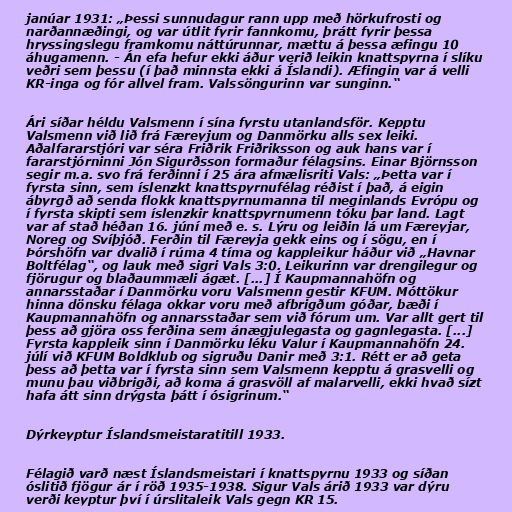
janúar 1931: „Þessi sunnudagur rann upp með hörkufrosti og
narðannæðingi, og var útlit fyrir fannkomu, þrátt fyrir þessa
hryssingslegu framkomu náttúrunnar, mættu á þessa æfingu 10
áhugamenn. - Án efa hefur ekki áður verið leikin knattspyrna í slíku
veðri sem þessu (í það minnsta ekki á Íslandi). Æfingin var á velli
KR-inga og fór allvel fram. Valssöngurinn var sunginn.“

Ári síðar héldu Valsmenn í sína fyrstu utanlandsför. Kepptu
Valsmenn við lið frá Færeyjum og Danmörku alls sex leiki.
Aðalfararstjóri var séra Friðrik Friðriksson og auk hans var í
fararstjórninni Jón Sigurðsson formaður félagsins. Einar Björnsson
segir m.a. svo frá ferðinni í 25 ára afmælisriti Vals: „Þetta var í
fyrsta sinn, sem íslenzkt knattspyrnufélag réðist í það, á eigin
ábyrgð að senda flokk knattspyrnumanna til meginlands Evrópu og
í fyrsta skipti sem íslenzkir knattspyrnumenn tóku þar land. Lagt
var af stað héðan 16. júní með e. s. Lýru og leiðin lá um Færeyjar,
Noreg og Svíþjóð. Ferðin til Færeyja gekk eins og í sögu, en í
Þórshöfn var dvalið í rúma 4 tíma og kappleikur háður við „Havnar
Boltfélag“, og lauk með sigri Vals 3:0. Leikurinn var drengilegur og
fjörugur og blaðaummæli ágæt. [...] Í Kaupmannahöfn og
annarsstaðar í Danmörku voru Valsmenn gestir KFUM. Móttökur
hinna dönsku félaga okkar voru með afbrigðum góðar, bæði í
Kaupmannahöfn og annarsstaðar sem við fórum um. Var allt gert til
þess að gjöra oss ferðina sem ánægjulegasta og gagnlegasta. [...]
Fyrsta kappleik sinn í Danmörku léku Valur í Kaupmannahöfn 24.
júlí við KFUM Boldklub og sigruðu Danir með 3:1. Rétt er að geta
þess að þetta var í fyrsta sinn sem Valsmenn kepptu á grasvelli og
munu þau viðbrigði, að koma á grasvöll af malarvelli, ekki hvað sízt
hafa átt sinn drýgsta þátt í ósigrinum.“

Dýrkeyptur Íslandsmeistaratitill 1933.

Félagið varð næst Íslandsmeistari í knattspyrnu 1933 og síðan
óslitið fjögur ár í röð 1935-1938. Sigur Vals árið 1933 var dýru
verði keyptur því í úrslitaleik Vals gegn KR 15.